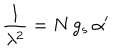
\frac { 1 } { \lambda ^ { 2 } } = N \, g _ { s } \, \alpha ^ { \prime }